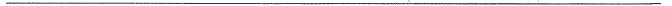
___